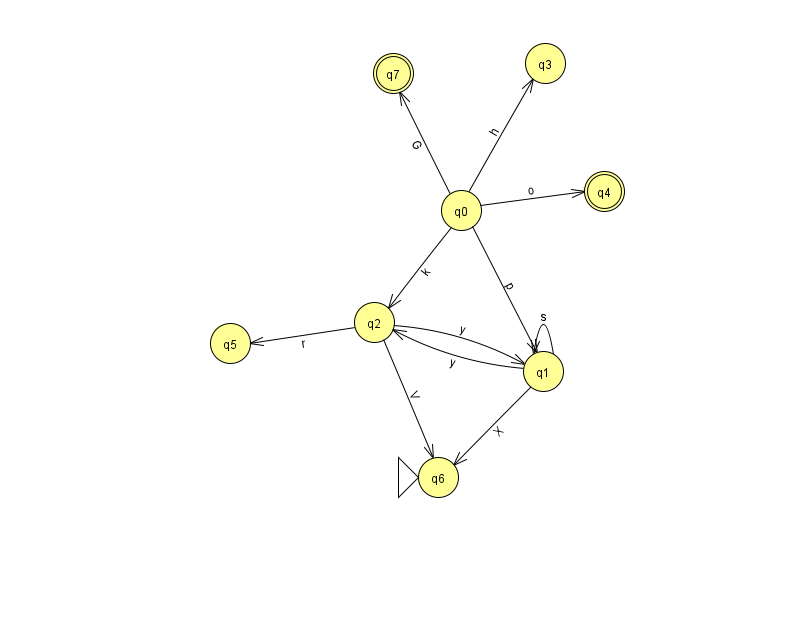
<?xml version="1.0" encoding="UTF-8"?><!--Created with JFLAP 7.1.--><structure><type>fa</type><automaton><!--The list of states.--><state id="0" name="q0"><x>461.0</x><y>197.0</y></state><state id="1" name="q1"><x>543.0</x><y>358.0</y></state><state id="2" name="q2"><x>374.0</x><y>309.0</y></state><state id="3" name="q3"><x>545.0</x><y>50.0</y></state><state id="4" name="q4"><x>604.0</x><y>178.0</y><final/></state><state id="5" name="q5"><x>230.0</x><y>330.0</y></state><state id="6" name="q6"><x>438.0</x><y>464.0</y><initial/></state><state id="7" name="q7"><x>393.0</x><y>60.0</y><final/></state><!--The list of transitions.--><transition><from>0</from><to>2</to><read>k</read></transition><transition><from>1</from><to>1</to><read>s</read></transition><transition><from>2</from><to>5</to><read>r</read></transition><transition><from>0</from><to>4</to><read>o</read></transition><transition><from>1</from><to>6</to><read>X</read></transition><transition><from>0</from><to>3</to><read>h</read></transition><transition><from>0</from><to>1</to><read>p</read></transition><transition><from>1</from><to>2</to><read>y</read></transition><transition><from>2</from><to>1</to><read>y</read></transition><transition><from>2</from><to>6</to><read>V</read></transition><transition><from>0</from><to>7</to><read>G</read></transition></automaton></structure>